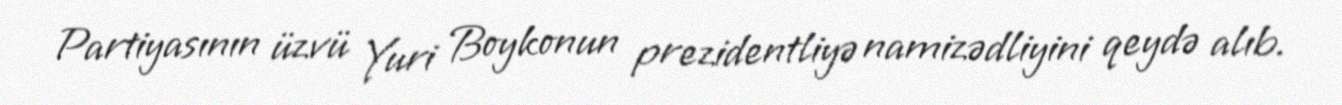
Partiyasının üzvü Yuri Boykonun prezidentliyə namizədliyini qeydə alıb.